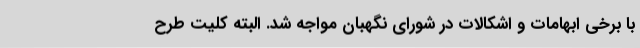
با برخی ابهامات و اشکالات در شورای نگهبان مواجه شد. البته کلیت طرح